Annual statistical returns and brief notes on vaccination in Bengal - 1909-1929
Year: 1909
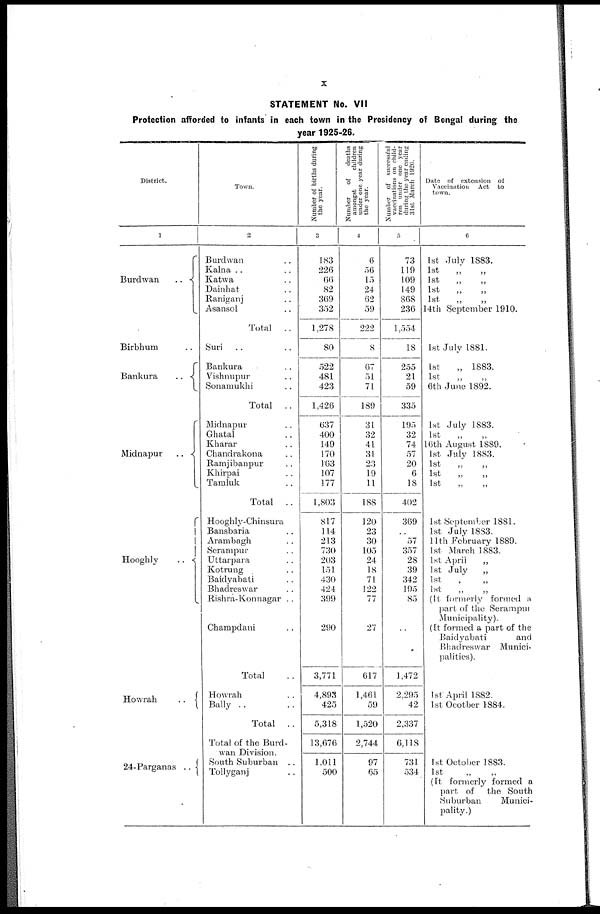
x
STATEMENT No. VII
Protection afforded to infants in each town in the Presidency of Bengal during the
year 1925-26.
District.
1
Burdwan
..
Birbhum ..
Bankura
..
Midnapur
..
Hooghly
..
Howrah ..
24-Parganas
..
Town.
2
Burdwan ..
Kalna ..
Katwa ..
Dainhat ..
Raniganj ..
Asansol ..
Total ..
Suri ..
Bankura ..
Vishnupur ..
Sonamukhi ..
Total ..
Midnapur ..
Ghatal ..
Kharar ..
Chandrakona ..
Ramjibanpur ..
Khirpai ..
Tamluk ..
Total ..
Hooghly-Chinsura
Bansbaria ..
Arambagh ..
Serampur ..
Uttarpara ..
Kotrung ..
Baidyabati ..
Bhadreswar ..
Rishra-Konnagar ..
Champdani ..
Total ..
Howrah ..
Bally ..
Total ..
Total of the Burd-
wan
Division.
South Suburban ..
Tollyganj ..
Number of births during
the year.
3
183
226
66
82
369
352
1,278
80
522
481
423
1,426
637
400
149
170
163
107
177
1,803
817
114
213
730
203
151
430
424
399
290
3,771
4,893
425
5,318
13,676
1,011
500
Number
of
deaths
amongst
children
under one year during
the year.
4
6
56
15
24
62
59
222
8
67
51
71
189
31
32
41
31
23
19
11
188
120
23
30
105
24
18
71
122
77
27
617
1,461
59
1,520
2,744
97
65
Number of successful
vaccinations on child-
ren under one year
during the year ending
31st March 1926.
5
73
119
109
149
868
236
1,554
18
255
21
59
335
195
32
74
57
20
6
18
402
369
..
57
357
28
39
342
195
85
..
1,472
2,295
42
2,337
6,118
731
534
Date of extension of
Vaccination Act to
town.
6
1st July 1883.
1st
„
„
1st
„
„
1st
„
„
1st „ „
14th September 1910.
1st July 1881.
1st
„ 1883.
1st „ „
6th June 1892.
1st July 1883.
1st
„
„
16th August 1889.
1st July 1883.
1st „ „
1st „ „
1st „ „
1st September 1881.
1st July 1883.
11th February 1889.
1st March 1883.
1st April
„
1st July „
1st „ „
1st „ „
(It formerly formed a
part of the Serampur
Municipality).
(It formed a part of the
Baidyabati
and
Bhadreswar Munici-
palities).
1st April 1882.
1st Ocotber 1884.
1st October 1883.
1st „ „
(It formerly formed a
part of the South
Suburban
Munici-
pality.)